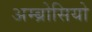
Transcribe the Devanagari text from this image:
अम्ब्रोसियो